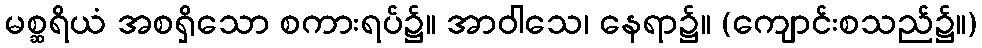
မစ္ဆရိယံ အစရှိသော စကားရပ်၌။ အာဝါသေ၊ နေရာ၌။ (ကျောင်းစသည်၌။)